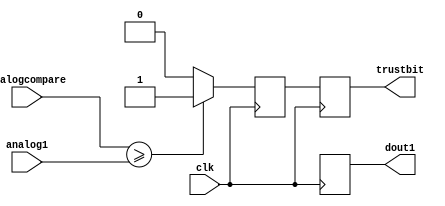
module adc ( clk, analog1, analogcompare, dout1, trustbit);
		input 			    clk;
		input	  [6:0] 	analog1;// 7 bit (128) resolution
		input	  [6:0] 	analogcompare; //same as analog1
		
		output	  [6:0] 	dout1;
		output reg			trustbit; 
		
		reg 	  [6:0] 	dout1;		
		reg 	  [6:0] 	dout1_reg;
		reg 				LEG;

		always @ (posedge clk)
		begin
		  if (analogcompare >= analog1)
				LEG <= 1;
		  else
				LEG <= 0;
		end
		
		always @ (posedge clk)
		begin
				trustbit 	<= LEG;
				dout1 	<= dout1_reg;
		end
		endmodule